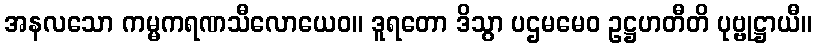
အနလသော ကမ္မကရဏသီလောယေဝ။ ဒူရတော ဒိသွာ ပဌမမေဝ ဥဋ္ဌဟတီတိ ပုဗ္ဗုဋ္ဌာယီ။